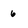
Character: 6